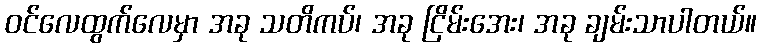
ဝင်လေထွက်လေမှာ အခု သတိကပ်၊ အခု ငြိမ်းအေး၊ အခု ချမ်းသာပါတယ်။